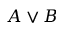
A \lor B